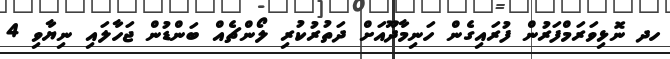
ހދ ނޮޅިވަރަމްފަރުން ފުރައިގެން ހަނިމާދޫއަށް ދަތުރުކުރި ލޯންޗެއް ބަންޑުން ޖަހާލައި ނިޔާވި 4